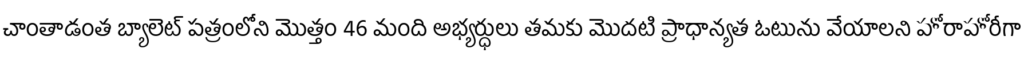
చాంతాడంత బ్యాలెట్ పత్రంలోని మొత్తం 46 మంది అభ్యర్ధులు తమకు మొదటి ప్రాధాన్యత ఓటును వేయాలని హోరాహోరీగా